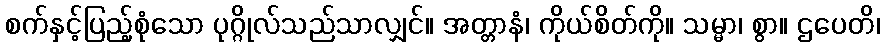
စက်နှင့်ပြည့်စုံသော ပုဂ္ဂိုလ်သည်သာလျှင်။ အတ္တာနံ၊ ကိုယ်စိတ်ကို။ သမ္မာ၊ စွာ။ ဌပေတိ၊